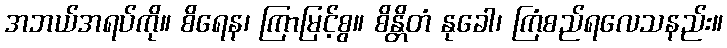
အဘယ်အရပ်ကို။ စိရေန၊ ကြာမြင့်စွ။ စိန္တိတံ နုခေါ၊ ကြံစည်ရလေသနည်း။